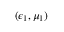
( \epsilon _ { 1 } , \mu _ { 1 } )